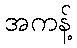
အကန့်